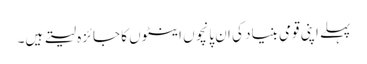
پہلے اپنی قومی بنیاد کی ان پانچوں اینٹوں کا جائزہ لیتے ہیں۔